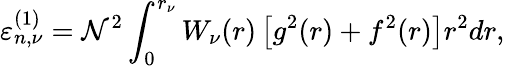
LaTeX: \varepsilon_{n,\nu}^{(1)}=\mathcal{N}^{2}\int_{0}^{r_{\nu}}W_{\nu}(r)\, \big[g^{2}(r)+f^{2}(r)\big]r^{2}dr,